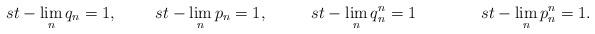
LaTeX: \begin{align*}st-\lim\limits_nq_n = 1,~~~~~~~st-\lim\limits_np_{n} = 1,~~~~~~~~ st-\lim\limits_nq^{n}_n = 1~~~~~~ ~~~~~~ st-\lim\limits_np^{n}_{n} = 1.\end{align*}